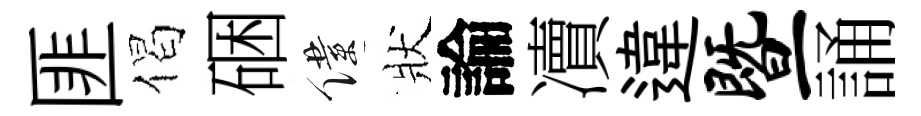
匪偈硱僕狀論凟違暨誦